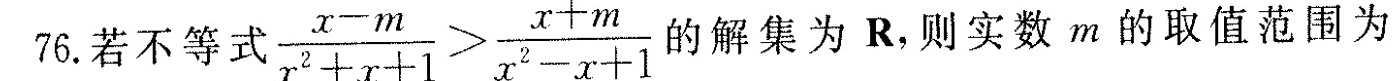
76.若不等式 \frac{x-m}{x^{2}+x+1}> \frac{x+m}{x^{2}-x+1}的解集为R，则实数m的取值范围为